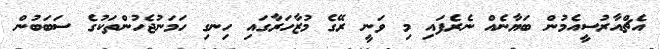
އެޗްއާރުސީއެމުން ބަޔާނެއް ނެރެފައި މި ވަނީ ރޭގެ މުޒާހަރާގައި ހިނގި ހަމަނުޖެހުންތަކުގެ ސަބަބުން